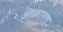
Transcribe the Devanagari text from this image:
आक्रामण